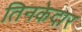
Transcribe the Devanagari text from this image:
तिनकेदार